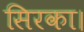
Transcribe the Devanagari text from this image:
सिरका।